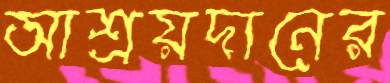
আশ্রয়দানের